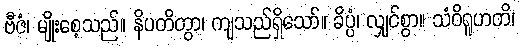
ဗီဇံ၊ မျိုးစေ့သည်။ နိပတိတွာ၊ ကျသည်ရှိသော်။ ခိပ္ပံ၊ လျှင်စွာ။ သံဝိရူဟတိ၊